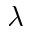
\lambda